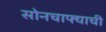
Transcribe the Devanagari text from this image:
सोनचाफ्याची